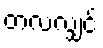
တလလျှင်